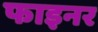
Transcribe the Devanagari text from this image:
फाइनर